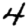
Digit: 4